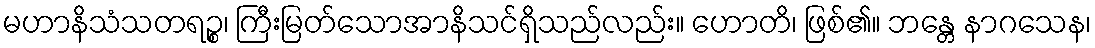
မဟာနိသံသတရဉ္စ၊ ကြီးမြတ်သောအာနိသင်ရှိသည်လည်း။ ဟောတိ၊ ဖြစ်၏။ ဘန္တေ နာဂသေန၊